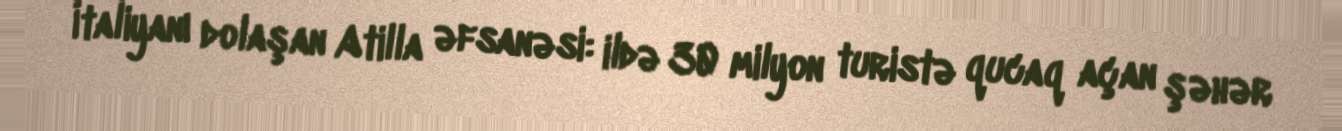
İtaliyanı dolaşan Atilla əfsanəsi: ildə 30 milyon turistə qucaq açan şəhər